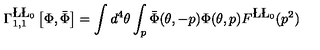
\Gamma _ { 1 , 1 } ^ { \L \L _ { 0 } } \left[ \Phi , \bar { \Phi } \right] = \int d ^ { 4 } \theta \int _ { p } \bar { \Phi } ( \theta , - p ) \Phi ( \theta , p ) F ^ { \L \L _ { 0 } } ( p ^ { 2 } )